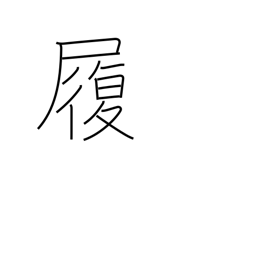
Meaning: boots